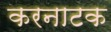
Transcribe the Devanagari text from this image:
करनाटक